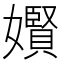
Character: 𪦬